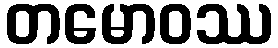
တမောဝဿ